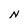
Character: N